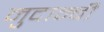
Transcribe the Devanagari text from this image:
मुदाम्बी